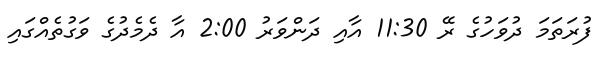
ފުރަތަމަ ދުވަހުގެ ރޭ 11:30 އާއި ދަންވަރު 2:00 އާ ދެމެދުގެ ވަގުތެއްގައި